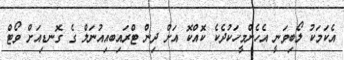
އެކަމަކު ލޯބިވަނީ އެހެންމީހަކުދެކެ ކޮއްކޮ އަށް ދިން ޓްރައިބއިއުނަލް ގެ ގޮނޑިއަށް ވޯޓް